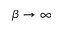
\beta \to \infty